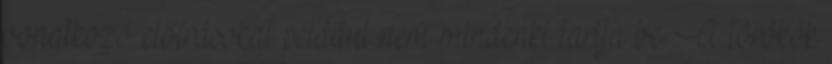
vonatkozó előírásokat például nem mindenki tartja be. A törökök